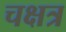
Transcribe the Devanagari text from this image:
चक्षत्र